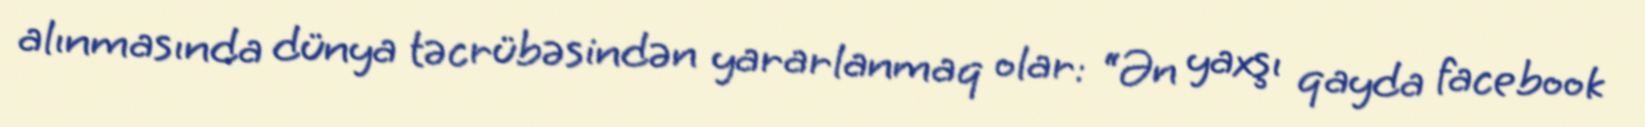
alınmasında dünya təcrübəsindən yararlanmaq olar: “Ən yaxşı qayda facebook